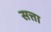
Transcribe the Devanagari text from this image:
सत्ता